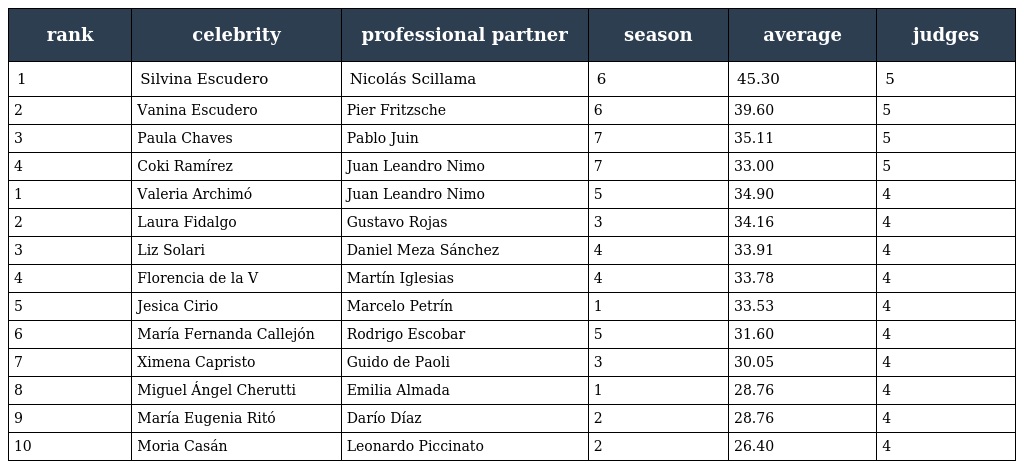
| rank | celebrity | professional partner | season | average | judges |
 | --- | --- | --- | --- | --- | --- |
 | 1 | Silvina Escudero | Nicolás Scillama | 6 | 45.30 | 5 |
 | 2 | Vanina Escudero | Pier Fritzsche | 6 | 39.60 | 5 |
 | 3 | Paula Chaves | Pablo Juin | 7 | 35.11 | 5 |
 | 4 | Coki Ramírez | Juan Leandro Nimo | 7 | 33.00 | 5 |
 | 1 | Valeria Archimó | Juan Leandro Nimo | 5 | 34.90 | 4 |
 | 2 | Laura Fidalgo | Gustavo Rojas | 3 | 34.16 | 4 |
 | 3 | Liz Solari | Daniel Meza Sánchez | 4 | 33.91 | 4 |
 | 4 | Florencia de la V | Martín Iglesias | 4 | 33.78 | 4 |
 | 5 | Jesica Cirio | Marcelo Petrín | 1 | 33.53 | 4 |
 | 6 | María Fernanda Callejón | Rodrigo Escobar | 5 | 31.60 | 4 |
 | 7 | Ximena Capristo | Guido de Paoli | 3 | 30.05 | 4 |
 | 8 | Miguel Ángel Cherutti | Emilia Almada | 1 | 28.76 | 4 |
 | 9 | María Eugenia Ritó | Darío Díaz | 2 | 28.76 | 4 |
 | 10 | Moria Casán | Leonardo Piccinato | 2 | 26.40 | 4 |